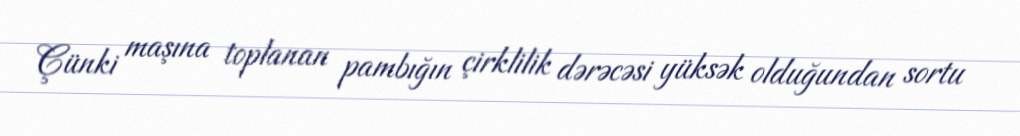
Çünki maşına toplanan pambığın çirklilik dərəcəsi yüksək olduğundan sortu